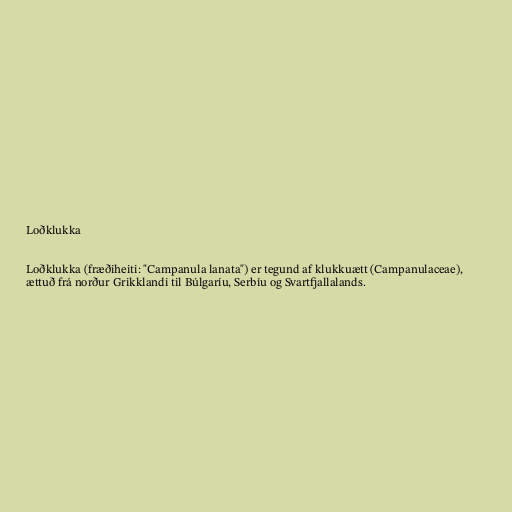
Loðklukka

Loðklukka (fræðiheiti: "Campanula lanata") er tegund af klukkuætt (Campanulaceae),
ættuð frá norður Grikklandi til Búlgaríu, Serbíu og Svartfjallalands.